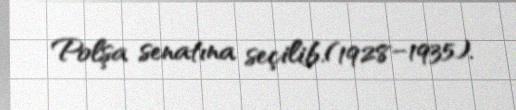
Polşa senatına seçilib.(1928–1935).